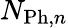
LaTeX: N_{\mathrm{Ph},n}